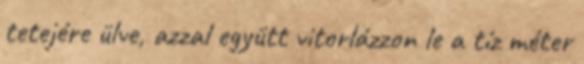
tetejére ülve, azzal együtt vitorlázzon le a tíz méter